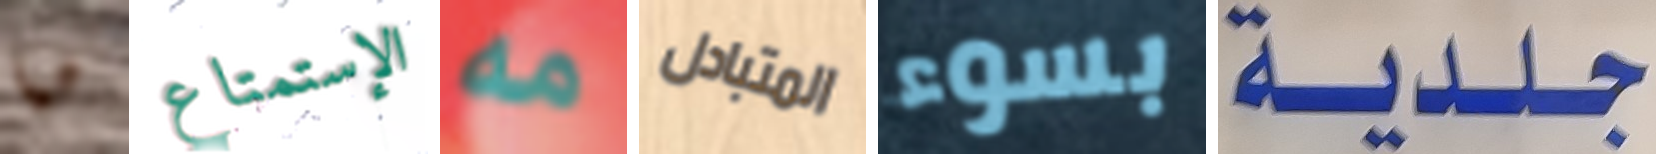
هيا الإستمتاع مه المتبادل بسوء جلدية